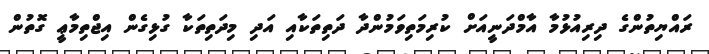
ރައްޔިތުންގެ ދިރިއުޅުމާ އާމްދަނީއަށް ކުރިމަތިވަމުންދާ ދަތިތަކާއި އަދި މިދަތިތަކާ ގުޅިގެން އިޖްތިމާޢީ ގޮތުން